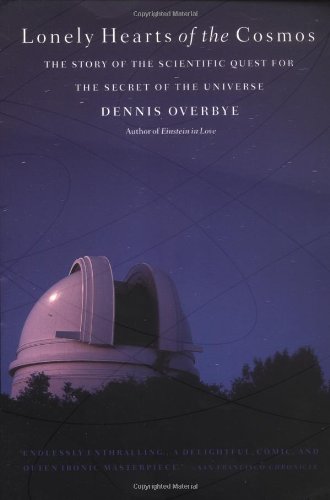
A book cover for Lonely Hearts of the Cosmos: The Story of the Scientific Quest for the Secret of the Universe; Dennis Overbye; Science & Math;